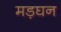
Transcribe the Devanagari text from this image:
मड़घन